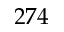
2 7 4